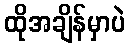
ထိုအချိန်မှာပဲ